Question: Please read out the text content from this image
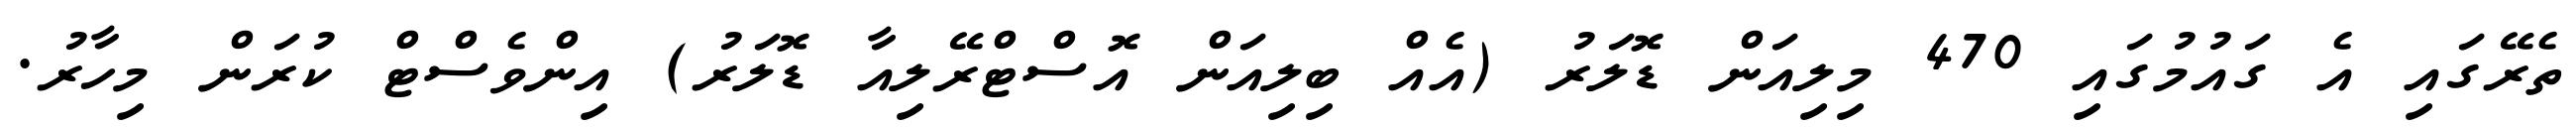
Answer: ތެރޭގައި އެ ގައުމުގައި 470 މިލިއަން ޑޮލަރު (އެއް ބިލިއަން އޮސްޓްރޭލިއާ ޑޮލަރު) އިންވެސްޓް ކުރަން މިހާރު.